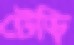
টেড়ি